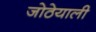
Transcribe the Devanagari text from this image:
जोठेयाली